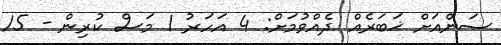
ސަންއަށް ޚަބަރެއް ދެއްވުމަށް: 4 އަހަރު 1 މަސް ކުރިން - 15